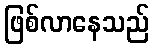
ဖြစ်လာနေသည်